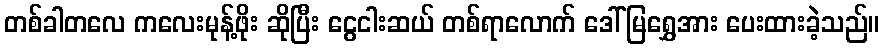
တစ်ခါတလေ ကလေးမုန့်ဖိုး ဆိုပြီး ငွေငါးဆယ် တစ်ရာလောက် ဒေါ်မြရွှေအား ပေးထားခဲ့သည်။